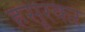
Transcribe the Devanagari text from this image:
हसूरकर